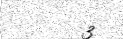
3